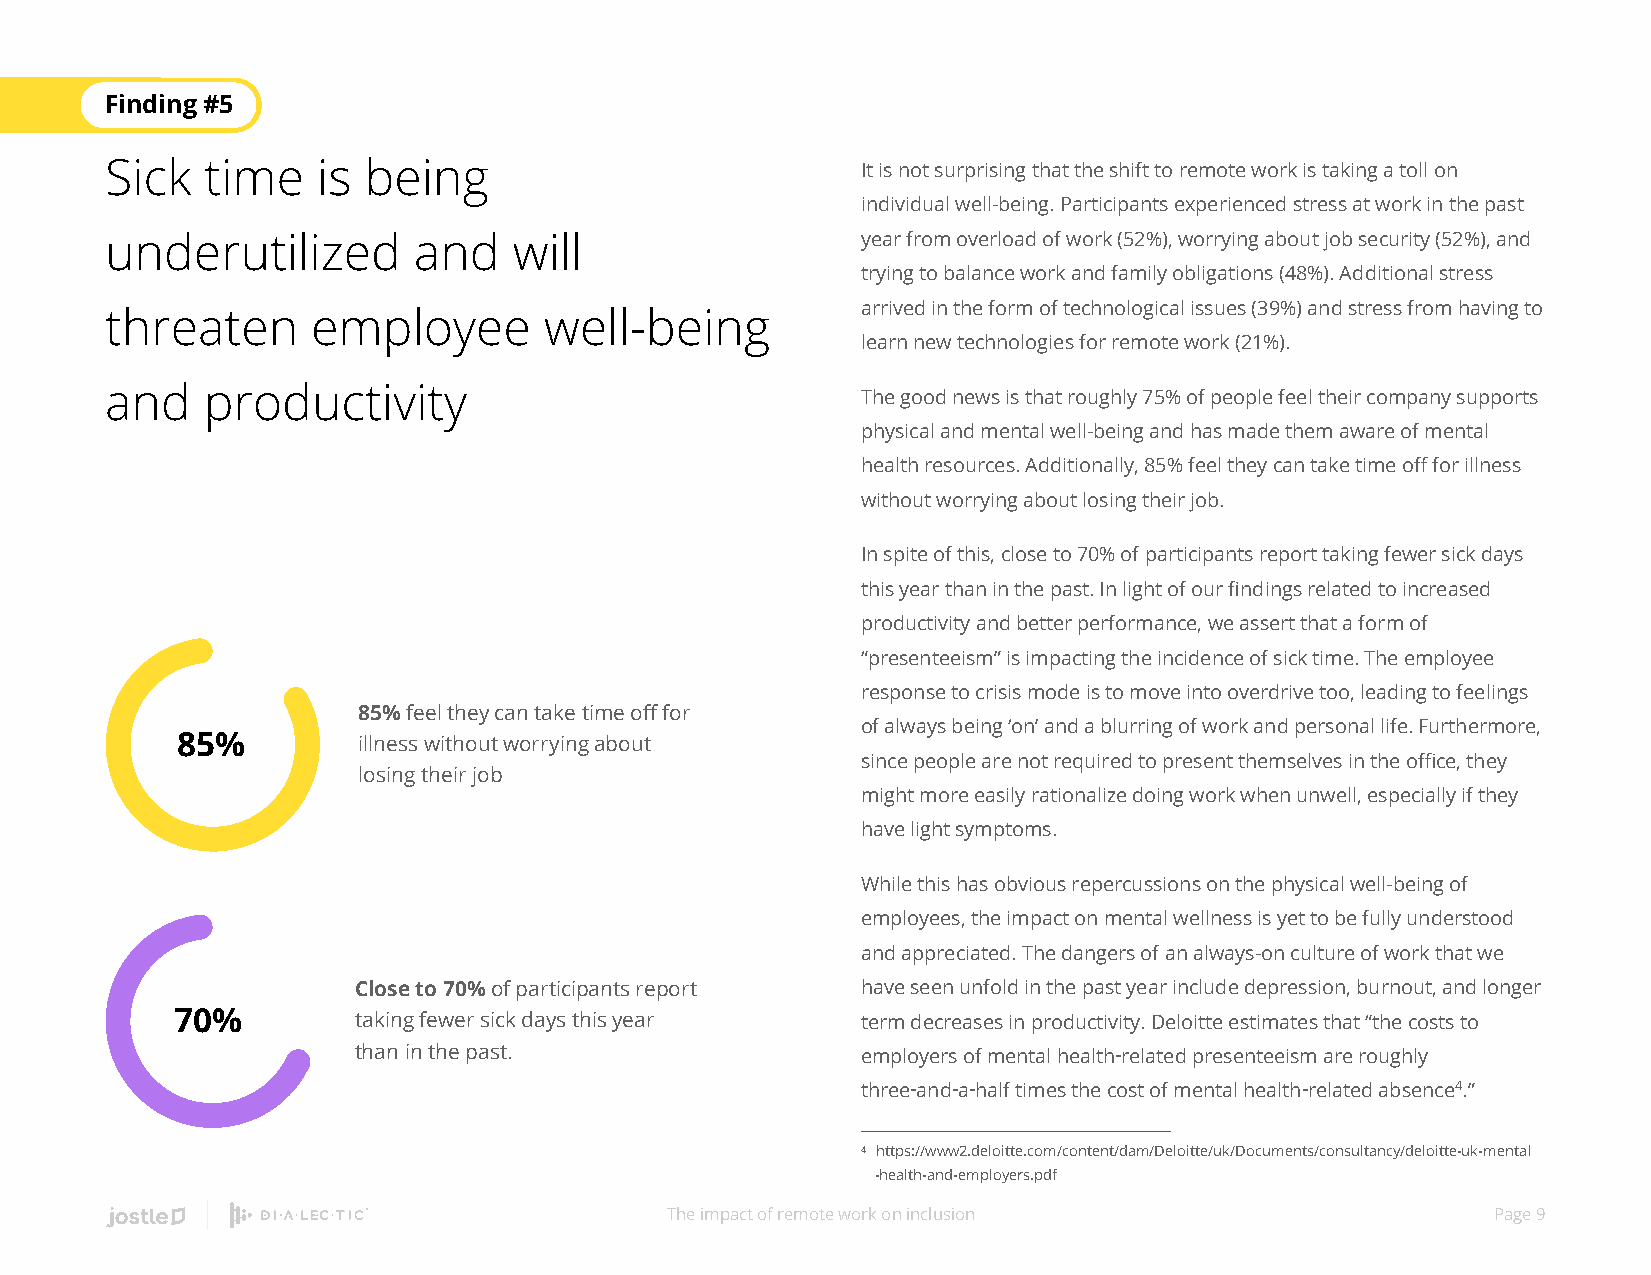
Finding #5
 Sick   time   is being                            It is not surprising that the shift to remote work is taking a toll on
 individual well-being. Participants experienced stress at work in the past
 underutilized       and    will                   year from overload of work (52%), worrying about job security (52%), and
 trying to balance work and family obligations (48%). Additional stress
 arrived in the form of technological issues (39%) and stress from having to
 threaten      employee       well-being
 learn new technologies for remote work (21%).
 and   productivity
 The good news is that roughly 75% of people feel their company supports
 physical and mental well-being and has made them aware of mental
 health resources. Additionally, 85% feel they can take time off for illness
 without worrying about losing their job.
 In spite of this, close to 70% of participants report taking fewer sick days
 this year than in the past. In light of our findings related to increased
 productivity and better performance, we assert that a form of
 “presenteeism” is impacting the incidence of sick time. The employee
 response to crisis mode is to move into overdrive too, leading to feelings
 85% feel they can take time off for
 of always being ‘on’ and a blurring of work and personal life. Furthermore,
 85%         illness without worrying about
 since people are not required to present themselves in the office, they
 losing their job
 might more easily rationalize doing work when unwell, especially if they
 have light symptoms.
 While this has obvious repercussions on the physical well-being of
 employees, the impact on mental wellness is yet to be fully understood
 and appreciated. The dangers of an always-on culture of work that we
 Close to 70% of participants report have seen unfold in the past year include depression, burnout, and longer
 70%        taking fewer sick days this year  term decreases in productivity. Deloitte estimates that “the costs to
 than in the past.                 employers of mental health‑related presenteeism are roughly
 three‑and‑a‑half times the cost of mental health‑related absence4.”
 4 https://www2.deloitte.com/content/dam/Deloitte/uk/Documents/consultancy/deloitte-uk-mental
 -health-and-employers.pdf
 The impact of remote work on inclusion                 Page 9